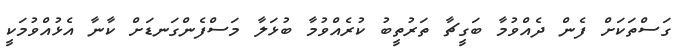
ގަސްތަކަށް ފެން ދެއްވުމާ ބަގީޗާ ތަރުތީބު ކުރެއްވުމާ ބުޅަލާ މަސްފެންގަނޑަށް ކާނާ އެޅުއްވުމަކީ